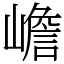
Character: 嶦